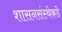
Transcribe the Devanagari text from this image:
शासनसंस्थेकडे